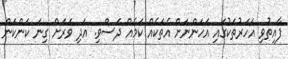
ފާއިތުވި އަހަރުތަކުގައި އަހަންނަށް އެތަކެއް ކަމެއް ދަސްވި. އަދި ވަރަށް ގިނަ ކަންކަން